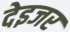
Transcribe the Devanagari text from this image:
देइजर